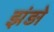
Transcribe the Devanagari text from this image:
झंड़ो